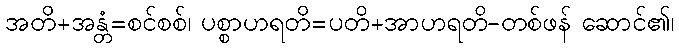
အတိ+အန္တံ=စင်စစ်၊ ပစ္စာဟရတိ=ပတိ+အာဟရတိ-တစ်ဖန် ဆောင်၏၊